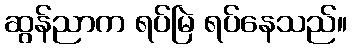
ဆွန်ညာက ရပ်မြဲ ရပ်နေသည်။